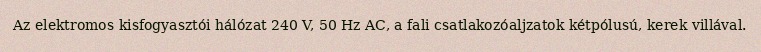
Az elektromos kisfogyasztói hálózat 240 V, 50 Hz AC, a fali csatlakozóaljzatok kétpólusú, kerek villával.